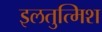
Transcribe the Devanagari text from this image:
इलतुत्मिश